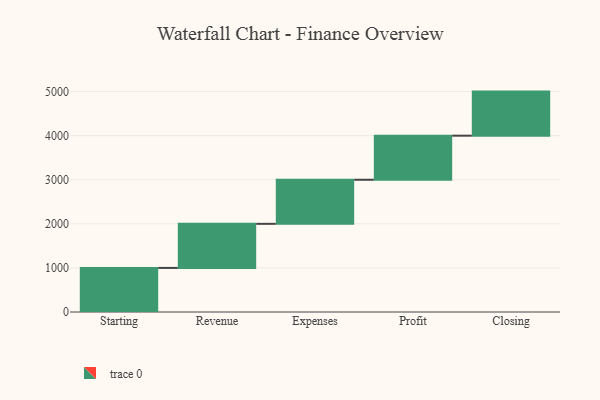
{"axis": {"x": "Step", "y": "Value"}, "legend": [""], "data": [{"x": "Starting", "y": 1000, "type": ""}, {"x": "Revenue", "y": 1000, "type": ""}, {"x": "Expenses", "y": 1000, "type": ""}, {"x": "Profit", "y": 1000, "type": ""}, {"x": "Closing", "y": 1000, "type": ""}]}